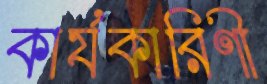
কার্যকারিণী